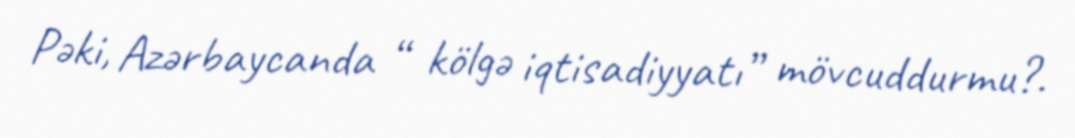
Pəki, Azərbaycanda “ kölgə iqtisadiyyatı” mövcuddurmu?.